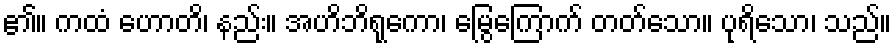
၏။ ကထံ ဟောတိ၊ နည်း။ အဟိဘိရုကော၊ မြွေကြောက် တတ်သော။ ပုရိသော၊ သည်။